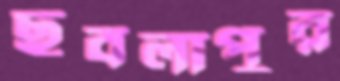
ছবলাপুর